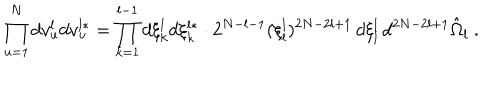
\prod _ { u = 1 } ^ { N } d v _ { u } ^ { l } d v _ { u } ^ { l * } = \prod _ { k = 1 } ^ { l - 1 } d \xi _ { k } ^ { l } d \xi _ { k } ^ { l * } \cdot 2 ^ { N - l - 1 } ( \xi _ { l } ^ { l } ) ^ { 2 N - 2 l + 1 } \, d \xi _ { l } ^ { l } \, d ^ { 2 N - 2 l + 1 } \hat { \Omega } _ { l } \ .